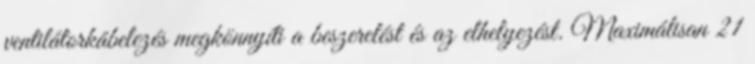
ventilátorkábelezés megkönnyíti a beszerelést és az elhelyezést. Maximálisan 21